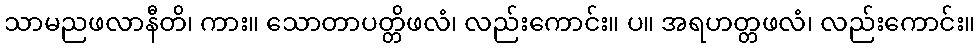
သာမညဖလာနီတိ၊ ကား။ သောတာပတ္တိဖလံ၊ လည်းကောင်း။ ပ။ အရဟတ္တဖလံ၊ လည်းကောင်း။